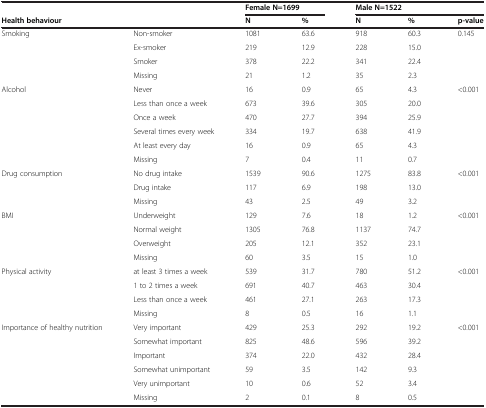
<table><thead><tr><td><b> </b></td><td><b> </b></td><td colspan="2"><b>Female N=1699</b></td><td colspan="2"><b>Male N=1522</b></td><td><b> </b></td></tr></thead><tbody><tr><td><b>Health behaviour</b></td><td> </td><td><b>N</b></td><td><b>%</b></td><td><b>N</b></td><td><b>%</b></td><td><b>p-value</b></td></tr><tr><td>Smoking</td><td>Non-smoker</td><td>1081</td><td>63.6</td><td>918</td><td>60.3</td><td rowspan="4">0.145</td></tr><tr><td> </td><td>Ex-smoker</td><td>219</td><td>12.9</td><td>228</td><td>15.0</td></tr><tr><td> </td><td>Smoker</td><td>378</td><td>22.2</td><td>341</td><td>22.4</td></tr><tr><td> </td><td>Missing</td><td>21</td><td>1.2</td><td>35</td><td>2.3</td></tr><tr><td>Alcohol</td><td>Never</td><td>16</td><td>0.9</td><td>65</td><td>4.3</td><td rowspan="6">&lt;0.001</td></tr><tr><td> </td><td>Less than once a week</td><td>673</td><td>39.6</td><td>305</td><td>20.0</td></tr><tr><td> </td><td>Once a week</td><td>470</td><td>27.7</td><td>394</td><td>25.9</td></tr><tr><td> </td><td>Several times every week</td><td>334</td><td>19.7</td><td>638</td><td>41.9</td></tr><tr><td> </td><td>At least every day</td><td>16</td><td>0.9</td><td>65</td><td>4.3</td></tr><tr><td> </td><td>Missing</td><td>7</td><td>0.4</td><td>11</td><td>0.7</td></tr><tr><td>Drug consumption</td><td>No drug intake</td><td>1539</td><td>90.6</td><td>1275</td><td>83.8</td><td rowspan="3">&lt;0.001</td></tr><tr><td> </td><td>Drug intake</td><td>117</td><td>6.9</td><td>198</td><td>13.0</td></tr><tr><td> </td><td>Missing</td><td>43</td><td>2.5</td><td>49</td><td>3.2</td></tr><tr><td>BMI</td><td>Underweight</td><td>129</td><td>7.6</td><td>18</td><td>1.2</td><td rowspan="4">&lt;0.001</td></tr><tr><td> </td><td>Normal weight</td><td>1305</td><td>76.8</td><td>1137</td><td>74.7</td></tr><tr><td> </td><td>Overweight</td><td>205</td><td>12.1</td><td>352</td><td>23.1</td></tr><tr><td> </td><td>Missing</td><td>60</td><td>3.5</td><td>15</td><td>1.0</td></tr><tr><td>Physical activity</td><td>at least 3 times a week</td><td>539</td><td>31.7</td><td>780</td><td>51.2</td><td rowspan="4">&lt;0.001</td></tr><tr><td> </td><td>1 to 2 times a week</td><td>691</td><td>40.7</td><td>463</td><td>30.4</td></tr><tr><td> </td><td>Less than once a week</td><td>461</td><td>27.1</td><td>263</td><td>17.3</td></tr><tr><td> </td><td>Missing</td><td>8</td><td>0.5</td><td>16</td><td>1.1</td></tr><tr><td>Importance of healthy nutrition</td><td>Very important</td><td>429</td><td>25.3</td><td>292</td><td>19.2</td><td rowspan="6">&lt;0.001</td></tr><tr><td> </td><td>Somewhat important</td><td>825</td><td>48.6</td><td>596</td><td>39.2</td></tr><tr><td> </td><td>Important</td><td>374</td><td>22.0</td><td>432</td><td>28.4</td></tr><tr><td> </td><td>Somewhat unimportant</td><td>59</td><td>3.5</td><td>142</td><td>9.3</td></tr><tr><td> </td><td>Very unimportant</td><td>10</td><td>0.6</td><td>52</td><td>3.4</td></tr><tr><td> </td><td>Missing</td><td>2</td><td>0.1</td><td>8</td><td>0.5</td></tr></tbody></table>